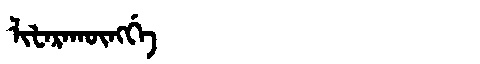
Manchu: ᠯᡳᡶᠠᡵᠠᡴᡡᠩᡤᡝ
Romanization: LIFARAKŪNGGE